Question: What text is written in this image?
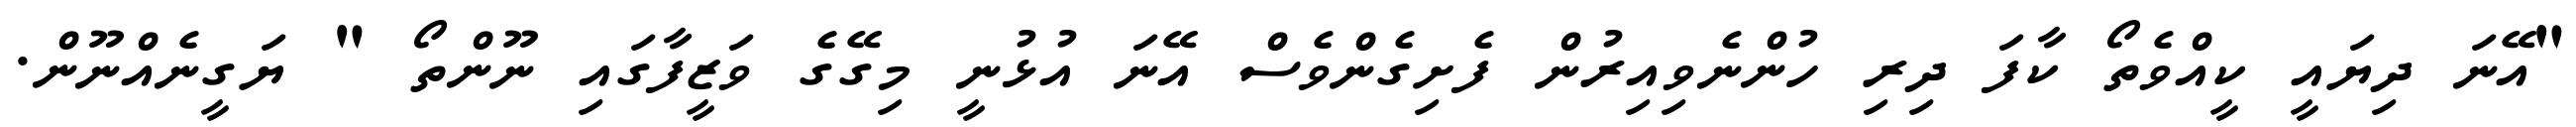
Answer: "އޭނަ ދިޔައީ ކީއްވެތޯ ކާފަ ދިރި ހުންނެވިއިރުން ފެށިގެންވެސް އޭނަ އުޅުނީ މިގޭގެ ވަޒީފާގައި ނޫންތޯ " ޔަގީނެއްނޫން.